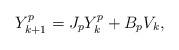
LaTeX: \begin{align*} Y^p_{k+1} = J_p Y^p_k+B_p V_k, \end{align*}